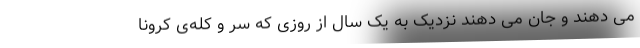
می دهند و جان می دهند نزدیک به یک سال از روزی که سر و کله‌ی کرونا